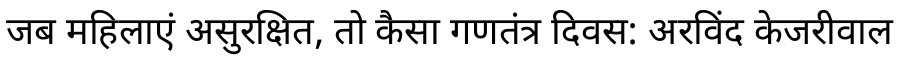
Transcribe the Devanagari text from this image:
जब महिलाएं असुरक्षित, तो कैसा गणतंत्र दिवस: अरविंद केजरीवाल